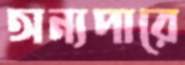
অন্যপারে